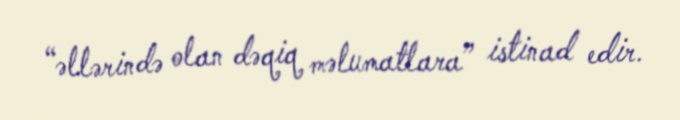
“əllərində olan dəqiq məlumatlara” istinad edir.